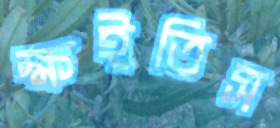
ক্ষইতিস